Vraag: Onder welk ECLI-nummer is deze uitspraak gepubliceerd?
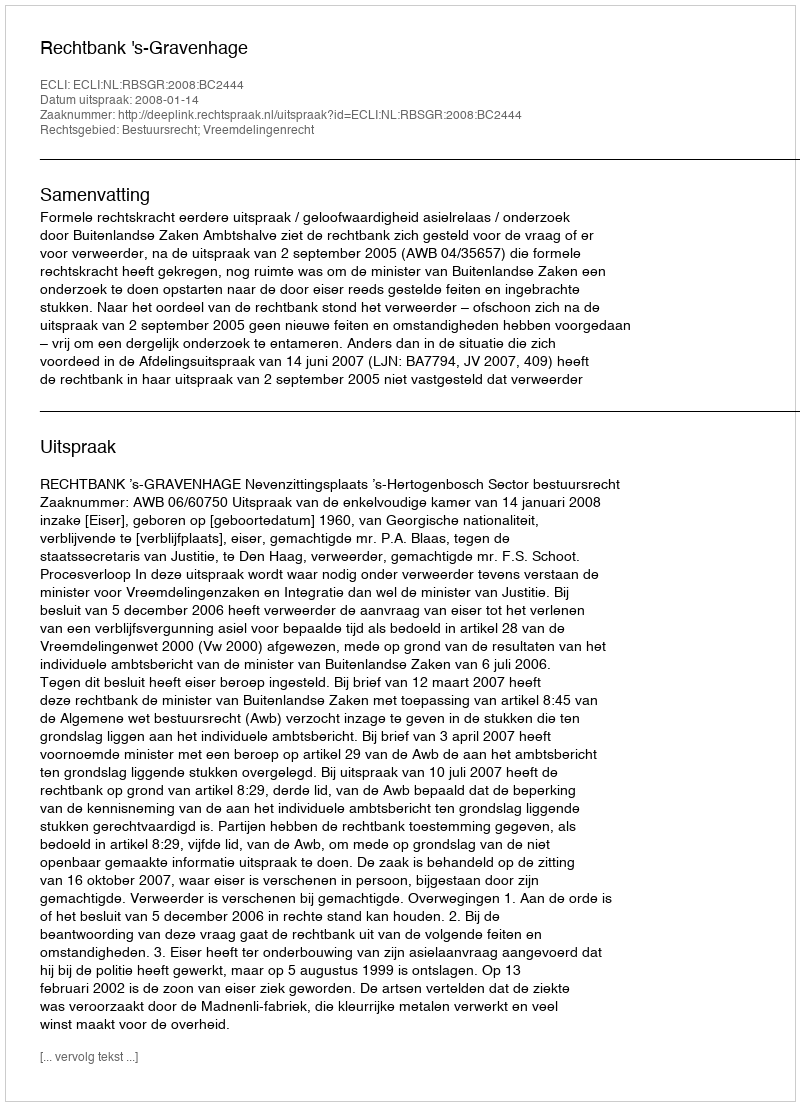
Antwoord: ECLI:NL:RBSGR:2008:BC2444